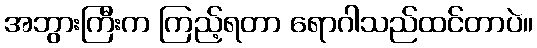
အဘွားကြီးက ကြည့်ရတာ ရောဂါသည်ထင်တာပဲ။